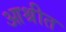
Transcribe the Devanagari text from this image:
आश्रीत